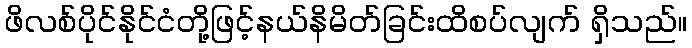
ဖိလစ်ပိုင်နိုင်ငံတို့ဖြင့်နယ်နိမိတ်ခြင်းထိစပ်လျက် ရှိသည်။